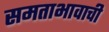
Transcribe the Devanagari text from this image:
समताभावाची